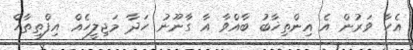
އެހާ ވަރުން އެ އިންތިޚާބު ބާއްވާ އާ ގާނޫނު ހަދާ މަޖިލީހެއް އިފްތިތާހް